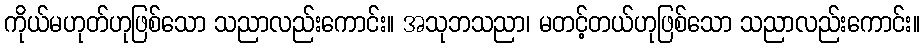
ကိုယ်မဟုတ်ဟုဖြစ်သော သညာလည်းကောင်း။ အသုဘသညာ၊ မတင့်တယ်ဟုဖြစ်သော သညာလည်းကောင်း။